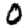
Digit: 0